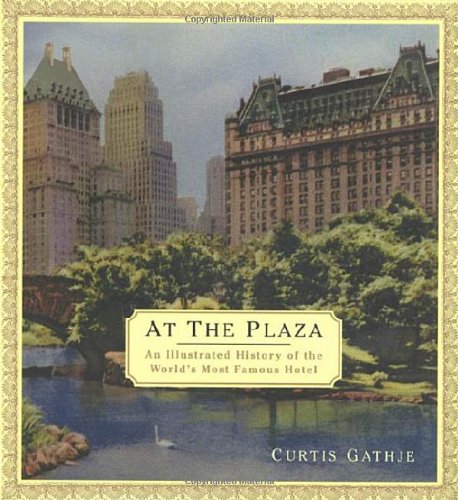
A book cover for At the Plaza: An Illustrated History of the World's Most Famous Hotel; Curtis Gathje; Travel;